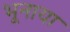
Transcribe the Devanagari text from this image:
भूनाया